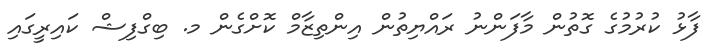
ފާޅު ކުރުމުގެ ގޮތުން މާފަންނު ރައްޔިތުން އިންތިޒާމް ކޮށްގެން މ. ބިގްފިޝް ކައިރީގައި